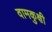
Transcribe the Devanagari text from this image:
वामकुक्षी